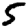
Digit: 5